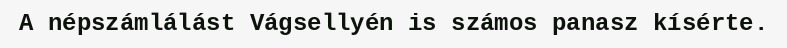
A népszámlálást Vágsellyén is számos panasz kísérte.